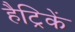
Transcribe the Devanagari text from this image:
हैट्रिकें